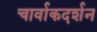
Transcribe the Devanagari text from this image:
चार्वाकदर्शन